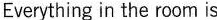
Everything in the room is